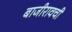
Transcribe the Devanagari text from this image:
बाजीरावची